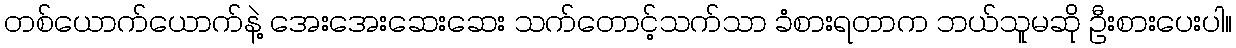
တစ်ယောက်ယောက်နဲ့ အေးအေးဆေးဆေး သက်တောင့်သက်သာ ခံစားရတာက ဘယ်သူမဆို ဦးစားပေးပါ။